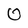
Character: 0